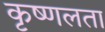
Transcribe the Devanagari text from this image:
कृष्णलता